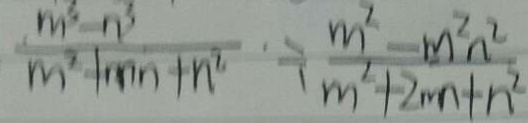
\frac { m ^ { 2 } - n ^ { 2 } } { m ^ { 2 } + m n + n ^ { 2 } } \div \frac { m ^ { 2 } - m ^ { 2 } n ^ { 2 } } { m ^ { 2 } + 2 m n + n ^ { 2 } }